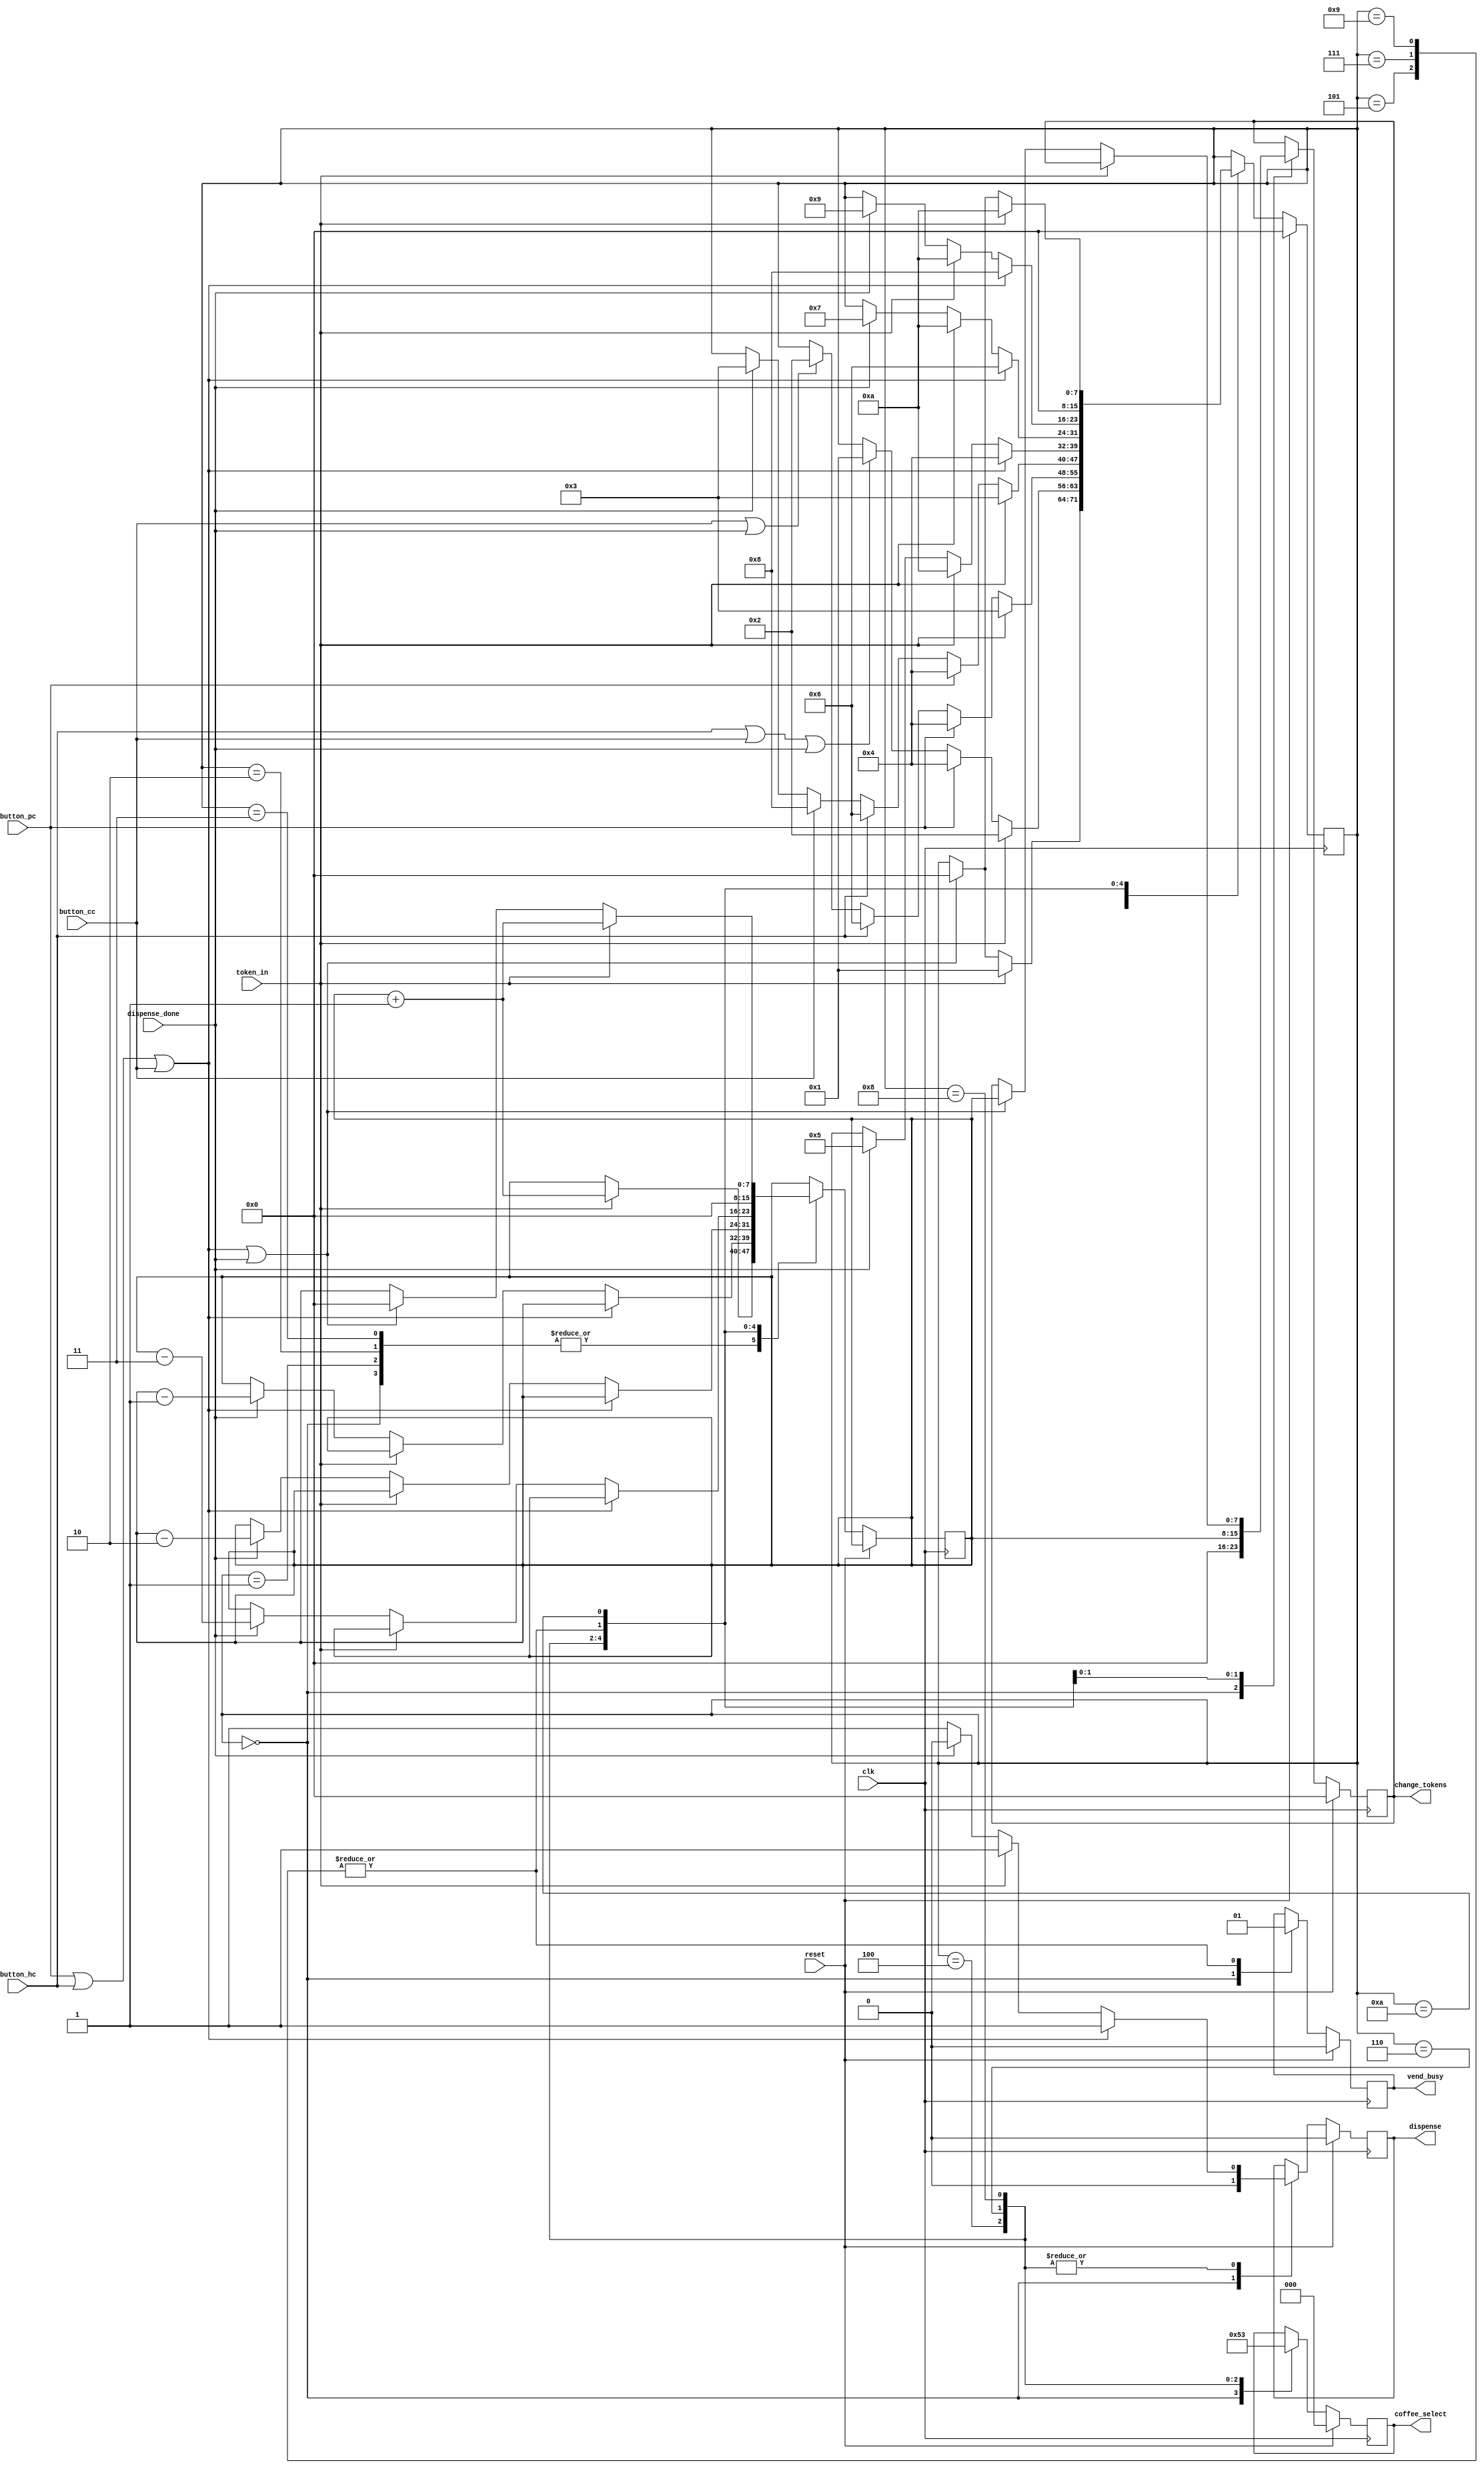
`timescale 1ps / 1ps

module vend (
  input   wire                clk,
  input   wire                reset,
  // vend siganals
  input   wire                button_pc,
  input   wire                button_hc,
  input   wire                button_cc,
  input   wire                token_in,
  input   wire                dispense_done,
  output  reg                 vend_busy,
  output  reg                 dispense,
  output  reg [2:0]           coffee_select,
  output  reg [7:0]           change_tokens
);

localparam  WAIT_VEND               = 4'd0;
localparam  TOKEN_ONE               = 4'd1;
localparam  TOKEN_TWO               = 4'd2;
localparam  TOKEN_THREE             = 4'd3;
localparam  PLAIN_COFFEE            = 4'd4;
localparam  PLAIN_COFFEE_CHANGE     = 4'd5;
localparam  HAZELNUT_COFFEE         = 4'd6;
localparam  HAZELNUT_COFFEE_CHANGE  = 4'd7;
localparam  COCONUT_COFFEE          = 4'd8;
localparam  COCONUT_COFFEE_CHANGE   = 4'd9;
localparam  NO_OPERATION            = 4'd10;

reg [7:0]   state             = WAIT_VEND;
reg [7:0]   num_tokens        = 0;

always @(posedge clk) begin
  if (reset) begin
    dispense            <= 0;
    coffee_select       <= 0;
    change_tokens       <= 0;
    vend_busy           <= 0;
    state               <= WAIT_VEND;
  end
  else begin
    case(state)
      WAIT_VEND: begin
        dispense            <= 0;
        coffee_select       <= 0;
        change_tokens       <= 0;
        vend_busy           <= 0;
        if(token_in) begin
          num_tokens  <= num_tokens + 1;
          state       <= TOKEN_ONE;
        end
        else if(button_pc | button_hc | button_cc | dispense_done) begin
          state   <= WAIT_VEND;
        end
      end
      TOKEN_ONE: begin
        if(token_in) begin
          num_tokens <= num_tokens + 1;
          state      <= TOKEN_TWO;
        end
        else if(button_pc) begin
          state <= PLAIN_COFFEE;
        end
        else if(button_hc | button_cc | dispense_done) begin
          state <= TOKEN_ONE;
        end
      end   
      TOKEN_TWO: begin
        if(token_in) begin
          num_tokens <= num_tokens + 1;
          state      <= TOKEN_THREE;
        end
        else if(button_pc) begin
          state <= PLAIN_COFFEE;
        end
        else if(button_hc) begin
          state <= HAZELNUT_COFFEE;
        end        
        else if(button_cc | dispense_done) begin
          state <= TOKEN_TWO;
        end
      end
      TOKEN_THREE: begin
        if(token_in) begin
          num_tokens <= num_tokens + 1;
          state      <= TOKEN_THREE;
        end
        else if(button_pc) begin
          state <= PLAIN_COFFEE;
        end
        else if(button_hc) begin
          state <= HAZELNUT_COFFEE;
        end
        else if(button_cc) begin
          state <= COCONUT_COFFEE;
        end             
        else if(dispense_done) begin
          state <= TOKEN_THREE;
        end
      end
      PLAIN_COFFEE: begin
        coffee_select <= 2'b01;
        dispense      <= 1;
        if(button_pc | button_hc | button_cc ) begin
          state <= PLAIN_COFFEE;
        end
        else if(token_in) begin
          state <= NO_OPERATION;
        end
        else if(dispense_done) begin
          dispense      <= 0;
          num_tokens    <= num_tokens - 1;
          state         <= PLAIN_COFFEE_CHANGE;
        end
      end
      PLAIN_COFFEE_CHANGE: begin
        if(button_pc | button_hc | button_cc | dispense_done | token_in) begin
          state       <= PLAIN_COFFEE_CHANGE;
        end
        vend_busy     <= 1;
        change_tokens <= num_tokens;
        num_tokens    <= 0;
        state         <= WAIT_VEND;
      end
      HAZELNUT_COFFEE: begin
        coffee_select <= 2'b10;
        dispense      <= 1;
        if(button_pc | button_hc | button_cc ) begin
          state <= HAZELNUT_COFFEE;
        end
        else if(token_in) begin
          state <= NO_OPERATION;
        end
        else if(dispense_done) begin
          dispense      <= 0;
          num_tokens    <= num_tokens - 2;
          state         <= HAZELNUT_COFFEE_CHANGE;
        end
      end
      HAZELNUT_COFFEE_CHANGE: begin
        if(button_pc | button_hc | button_cc | dispense_done | token_in) begin
          state       <= PLAIN_COFFEE_CHANGE;
        end
        vend_busy     <= 1;
        change_tokens <= num_tokens;
        num_tokens    <= 0;
        state         <= WAIT_VEND;
      end
      COCONUT_COFFEE: begin
        coffee_select <= 2'b11;
        dispense      <= 1;
        if(button_pc | button_hc| button_cc ) begin
          state <= COCONUT_COFFEE;
        end
        else if(token_in) begin
          state <= NO_OPERATION;
        end
        else if(dispense_done) begin
          dispense      <= 0;
          num_tokens    <= num_tokens - 3;
          state         <= COCONUT_COFFEE_CHANGE;
        end
      end
      COCONUT_COFFEE_CHANGE: begin
        if(button_pc | button_hc | button_cc | dispense_done | token_in) begin
          state       <= PLAIN_COFFEE_CHANGE;
        end
        vend_busy     <= 1;
        change_tokens <= num_tokens;
        num_tokens    <= 0;
        state         <= WAIT_VEND;
      end
      NO_OPERATION: begin
        if(token_in) begin
          num_tokens  <= num_tokens + 1;
          state       <= NO_OPERATION;
        end
        else if(button_pc | button_hc | button_cc | dispense_done) begin
          change_tokens <= num_tokens;
          num_tokens    <= 0;
          state         <= WAIT_VEND;
        end
      end 
    endcase
  end
end

// dump waves
initial begin
  $dumpfile("vend.vcd");
  $dumpvars(1, vend);
end

endmodule

`default_nettype wire